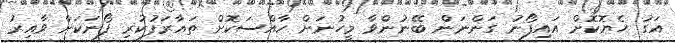
އަގު ހެޔޮކޮށް އައިފޯނު ގަންނަން ބޭނުންވާ މީހުނަށް ހާއްސަކޮށް ތައާރަފުކުރި ފޯނަކަށް ވާއިރު